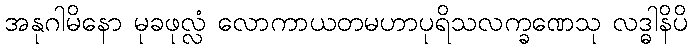
အနုဂါမိနော မုခဖုလ္လံ လောကာယတမဟာပုရိသလက္ခဏေသု လဒ္ဓါနိပိ